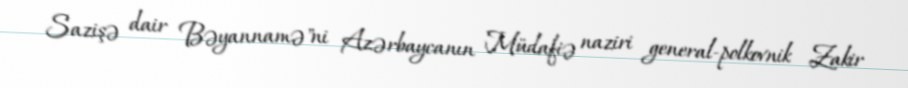
Sazişə dair Bəyannamə"ni Azərbaycanın Müdafiə naziri general-polkovnik Zakir